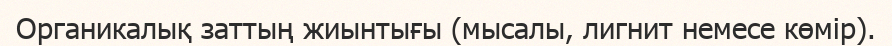
Органикалық заттың жиынтығы (мысалы, лигнит немесе көмір).